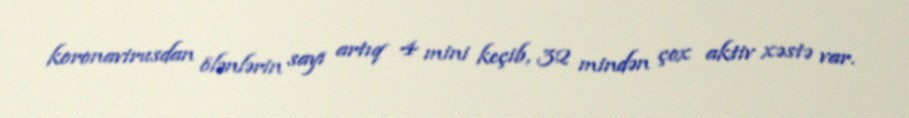
koronavirusdan ölənlərin sayı artıq 4 mini keçib, 32 mindən çox aktiv xəstə var.